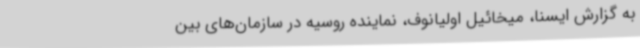
به گزارش ایسنا، میخائیل اولیانوف، نماینده روسیه در سازمان‌های بین